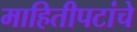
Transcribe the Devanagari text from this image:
माहितीपटांचे